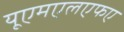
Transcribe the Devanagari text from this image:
यूएमएलएफए